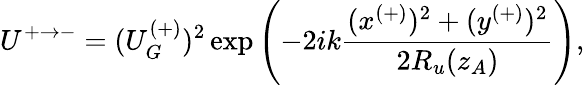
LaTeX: U^{+\rightarrow-}=(U_{G}^{(+)})^{2}\exp\left(-2ik\frac{(x^{(+)})^{2}+(y^{(+)})^{2}}{2R_{u}(z_{A})}\right),